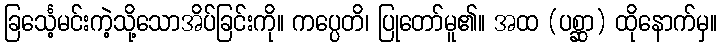
ခြင်္သေ့မင်းကဲ့သို့သောအိပ်ခြင်းကို။ ကပ္ပေတိ၊ ပြုတော်မူ၏။ အထ (ပစ္ဆာ) ထိုနောက်မှ။